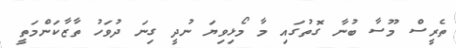
ތެރީސް މޫސާ ބުނާ ގޮތުގައި މާ މޯޅިވިޔަ ނުދީ ގިނަ ދުވަހު ތާޒާކަންމަތީ